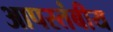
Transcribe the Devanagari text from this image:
आपस्तंबीय